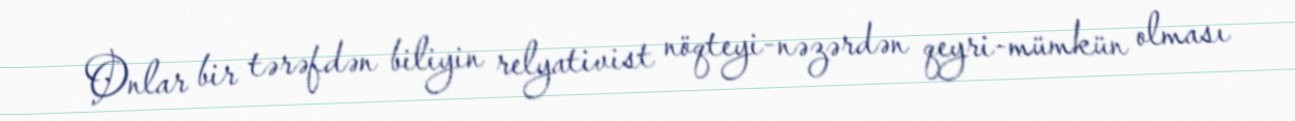
Onlar bir tərəfdən biliyin relyativist nöqteyi-nəzərdən qeyri-mümkün olması